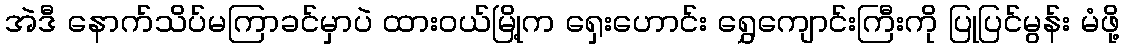
အဲဒီ နောက်သိပ်မကြာခင်မှာပဲ ထားဝယ်မြို့က ရှေးဟောင်း ရွှေကျောင်းကြီးကို ပြုပြင်မွန်း မံဖို့